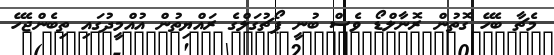
މެޗާ ބެހޭ ގޮތުން ރޮނާލްޑޯ ވެސް ބުނީ ޕޯޗުގަލްގެ ރައްޔިތުން އުއްމީދުގައި ތިބެންޖެހޭ